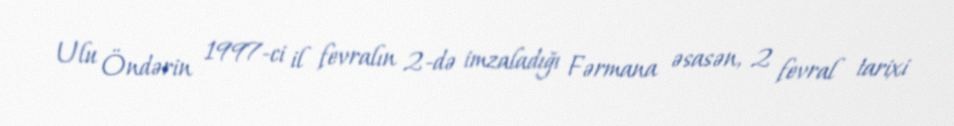
Ulu Öndərin 1997-ci il fevralın 2-də imzaladığı Fərmana əsasən, 2 fevral tarixi